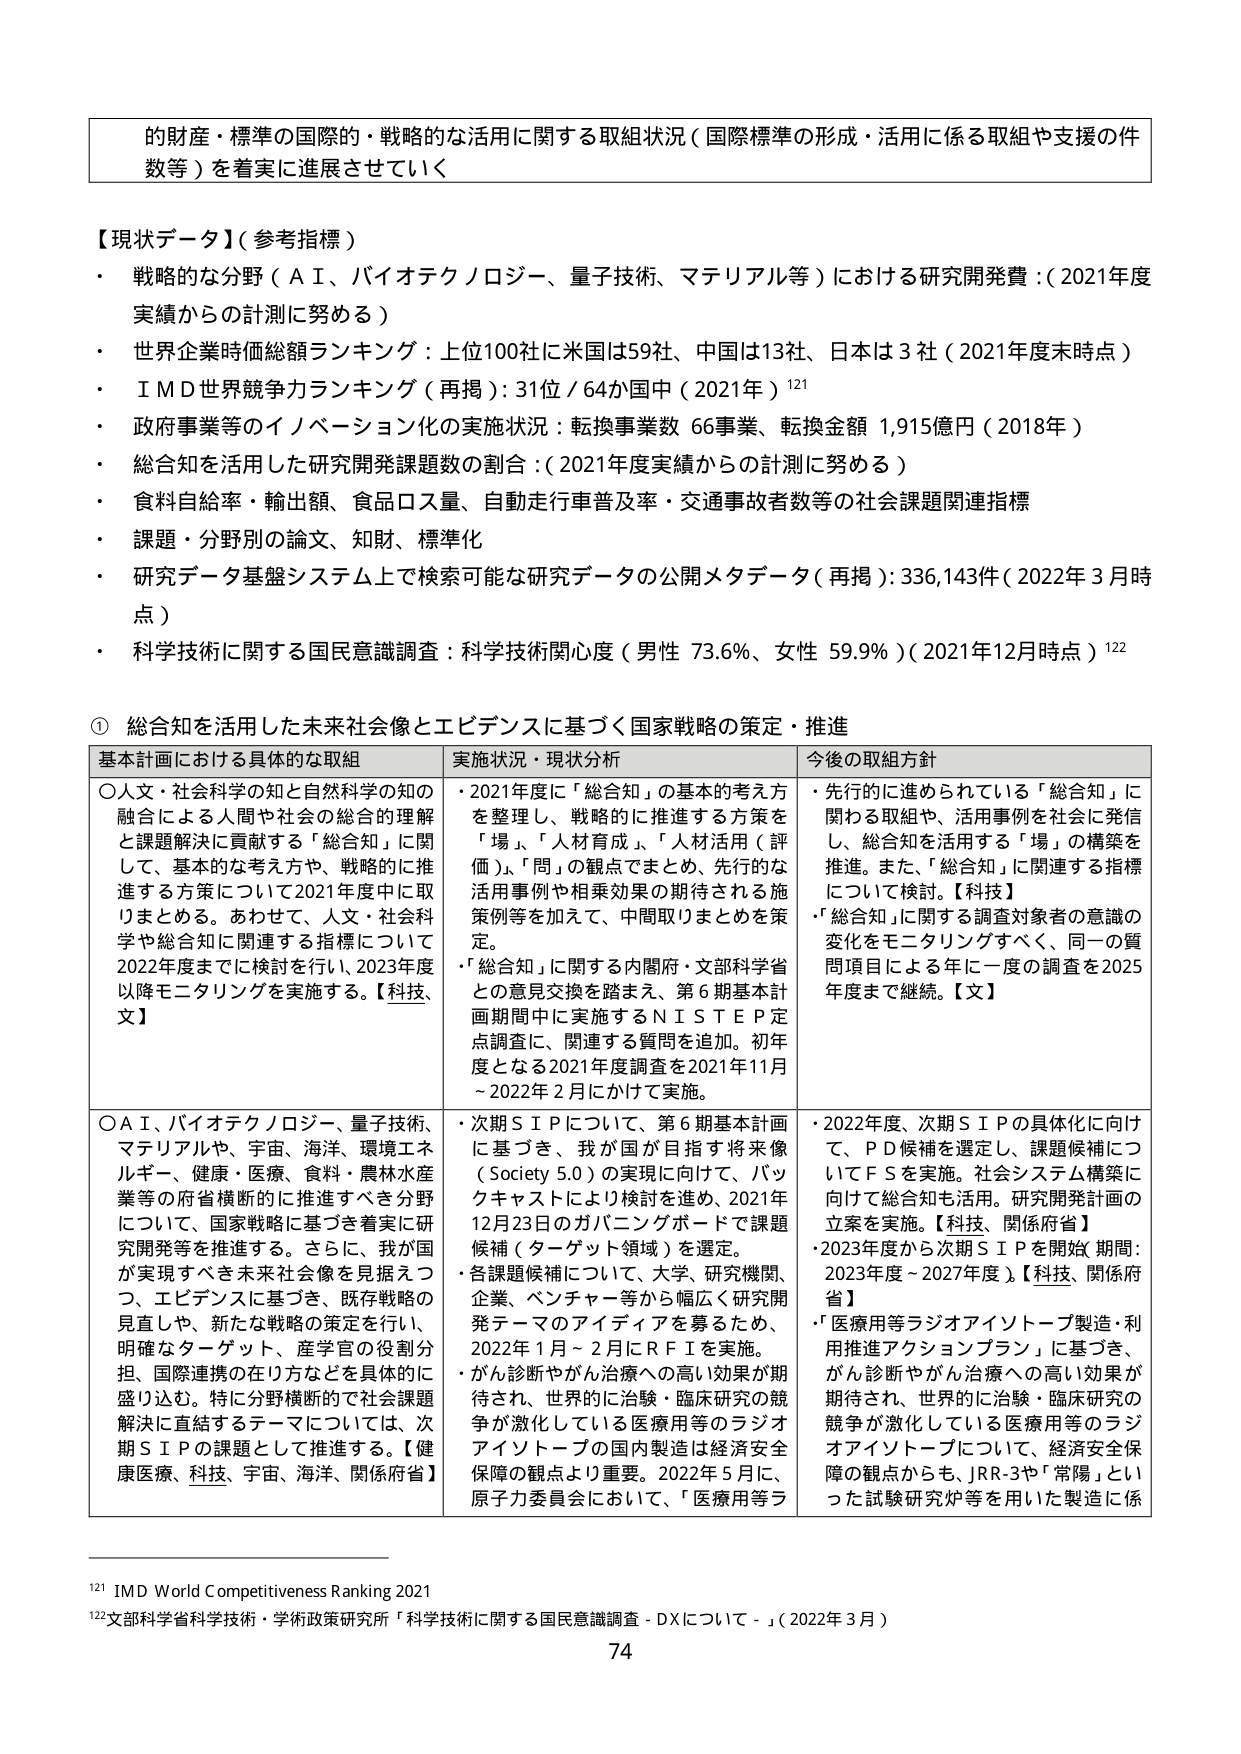
的財産・標準の国際的・戦略的な活用に関する取組状況（国際標準の形成・活用に係る取組や支援の件数等）を着実に進展させていく

【現状データ】（参考指標）
・ 戦略的な分野（ＡＩ、バイオテクノロジー、量子技術、マテリアル等）における研究開発費：（2021年度実績からの計測に努める）
・ 世界企業時価総額ランキング：上位100社に米国は59社、中国は13社、日本は3社（2021年度末時点）
・ ＩＭＤ世界競争力ランキング（再掲）：31位／64か国中（2021年）¹²¹
・ 政府事業等のイノベーション化の実施状況：転換事業数 66事業、転換金額 1,915億円（2018年）
・ 総合知を活用した研究開発課題数の割合：（2021年度実績からの計測に努める）
・ 食料自給率・輸出額、食品ロス量、自動走行車普及率・交通事故者数等の社会課題関連指標
・ 課題・分野別の論文、知財、標準化
・ 研究データ基盤システム上で検索可能な研究データの公開メタデータ（再掲）：336,143件（2022年3月時点）
・ 科学技術に関する国民意識調査：科学技術関心度（男性 73.6％、女性 59.9％）（2021年12月時点）¹²²

① 総合知を活用した未来社会像とエビデンスに基づく国家戦略の策定・推進

基本計画における具体的な取組 実施状況・現状分析 今後の取組方針
○人文・社会科学の知と自然科学の知の融合による人間や社会の総合的理解と課題解決に貢献する「総合知」に関して、基本的な考え方や、戦略的に推進する方策について2021年度中に取りまとめる。あわせて、人文・社会科学や総合知に関連する指標について2022年度までに検討を行い、2023年度以降モニタリングを実施する。【科技、文】
・2021年度に「総合知」の基本的考え方を整理し、戦略的に推進する方策を「場」、「人材育成」、「人材活用（評価）」、「問」の観点でまとめ、先行的な活用事例や相乗効果の期待される施策例等を加えて、中間取りまとめを策定。
・「総合知」に関する内閣府・文部科学省との意見交換を踏まえ、第6期基本計画期間中に実施するＮＩＳＴＥＰ定点調査に、関連する質問を追加。初年度となる2021年度調査を2021年11月～2022年2月にかけて実施。
・先行的に進められている「総合知」に関わる取組や、活用事例を社会に発信し、総合知を活用する「場」の構築を推進。また、「総合知」に関連する指標について検討。【科技】
・「総合知」に関する調査対象者の意識の変化をモニタリングすべく、同一の質問項目による年に一度の調査を2025年度まで継続。【文】

○ＡＩ、バイオテクノロジー、量子技術、マテリアルや、宇宙、海洋、環境エネルギー、健康、医療、食料、農林水産業等の府省横断的に推進すべき分野について、国家戦略に基づき着実に研究開発等を推進する。さらに、我が国が実現すべき未来社会像を見据えつつ、エビデンスに基づき、既存戦略の見直しや、新たな戦略の策定を行い、明確なターゲット、産学官の役割分担、国際連携の在り方などを具体的に盛り込む。特に分野横断的で社会課題解決に直結するテーマについては、次期ＳＩＰの課題として推進する。【健康医療、科技、宇宙、海洋、関係府省】
・次期ＳＩＰについて、第6期基本計画に基づき、我が国が目指す将来像（Society 5.0）の実現に向けて、バックキャストにより検討を進め、2021年12月23日のガバニングボードで課題候補（ターゲット領域）を選定。
・各課題候補について、大学、研究機関、企業、ベンチャー等から幅広く研究開発テーマのアイディアを募るため、2022年1月～2月にＲＦＩを実施。
・がん診断やがん治療への高い効果が期待され、世界的に治験・臨床研究の競争が激化している医療用等のラジオアイソトープの国内製造は経済安全保障の観点より重要。2022年5月に、原子力委員会において、「医療用等ラ
・2022年度、次期ＳＩＰの具体化に向けて、ＰＤ候補を選定し、課題候補についてＦＳを実施。社会システム構築に向けて総合知も活用。研究開発計画の立案を実施。【科技、関係府省】
・2023年度から次期ＳＩＰを開始（期間：2023年度～2027年度）。【科技、関係府省】
・「医療用等ラジオアイソトープ製造・利用推進アクションプラン」に基づき、がん診断やがん治療への高い効果が期待され、世界的に治験・臨床研究の競争が激化している医療用等のラジオアイソトープについて、経済安全保障の観点からも、ＪＲＲ-3や「常陽」といった試験研究炉等を用いた製造に係

¹²¹ IMD World Competitiveness Ranking 2021
¹²² 文部科学省科学技術・学術政策研究所「科学技術に関する国民意識調査 - DXについて -」（2022年3月）

74